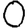
Digit: 0